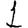
Digit: 1